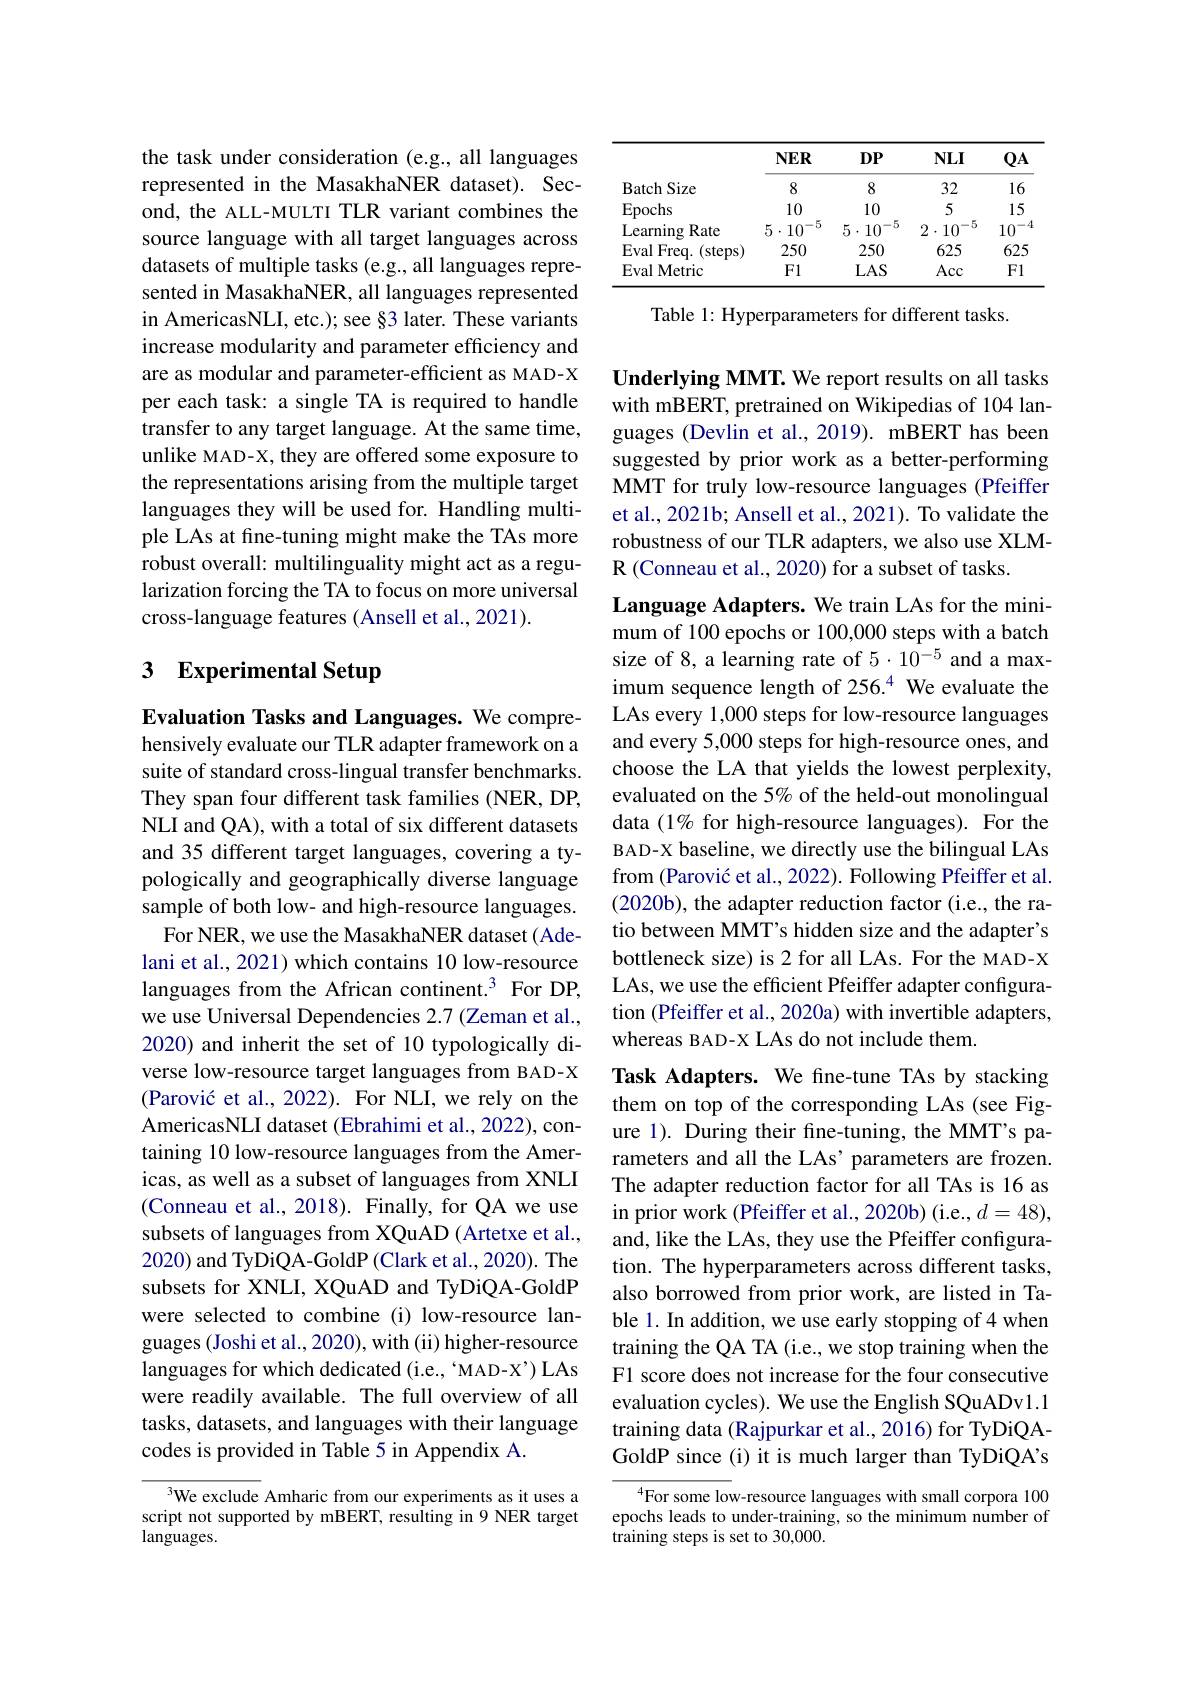
the task under consideration (e.g., all languages represented in the MasakhaNER dataset). Second, the ALL-MULTI TLR variant combines the source language with all target languages across datasets of multiple tasks (e.g., all languages represented in MasakhaNER, all languages represented in AmericasNLI, etc.); see §3 later. These variants increase modularity and parameter efficiency and are as modular and parameter-efficient as MAD-X per each task: a single TA is required to handle transfer to any target language. At the same time, unlike MAD-X, they are offered some exposure to the representations arising from the multiple target languages they will be used for. Handling multiple LAs at fine-tuning might make the TAs more robust overall: multilinguality might act as a regularization forcing the TA to focus on more universal cross-language features (Ansell et al., 2021).

# 3 Experimental Setup

Evaluation Tasks and Languages. We comprehensively evaluate our TLR adapter framework on a suite of standard cross-lingual transfer benchmarks. They span four different task families (NER, DP, NLI and QA), with a total of six different datasets and 35 different target languages, covering a typologically and geographically diverse language sample of both low- and high-resource languages.
For NER, we use the MasakhaNER dataset (Adelani et al., 2021) which contains 10 low-resource languages from the African continent.$^{3}$ For DP, we use Universal Dependencies 2.7 (Zeman et al., 2020) and inherit the set of 10 typologically diverse low-resource target languages from BAD-X (Parović et al., 2022). For NLI, we rely on the AmericasNLI dataset (Ebrahimi et al., 2022), containing 10 low-resource languages from the Americas, as well as a subset of languages from XNLI (Conneau et al., 2018). Finally, for QA we use subsets of languages from XQuAD (Artetxe et al., 2020) and TyDiQA-GoldP(Clark et al., 2020). The subsets for XNLI, XQuAD and TyDiQA-GoldP were selected to combine (i) low-resource languages (Joshi et al., 2020), with (ii) higher-resource languages for which dedicated (i.e., 'MAD-X') LAs were readily available. The full overview of all tasks, datasets, and languages with their language codes is provided in Table 5 in Appendix A.
We exclude Amharic from our experiments as it uses a

script not supported by mBERT, resulting in 9 NER target
languages.

<table>
	<tbody>
		<tr>
			<th> </th>
			<th>$NER$</th>
			<th>$DP$</th>
			<th>$NLI$</th>
			<th>$QA$</th>
		</tr>
		<tr>
			<td>Batch Size</td>
			<td>8</td>
			<td>8</td>
			<td>32</td>
			<td>16</td>
		</tr>
		<tr>
			<td>Epochs</td>
			<td>10</td>
			<td>10</td>
			<td>5</td>
			<td>15</td>
		</tr>
		<tr>
			<td>Learning Rate</td>
			<td>$5\cdot10^{-5}$</td>
			<td>$5\cdot10^{-5}$</td>
			<td>$2\cdot10^{-5}$</td>
			<td>10 1</td>
		</tr>
		<tr>
			<td>Eval Freq. (steps</td>
			<td>250</td>
			<td>250</td>
			<td>625</td>
			<td>625</td>
		</tr>
		<tr>
			<td>Eval Metric</td>
			<td>Fl</td>
			<td>$LAS$</td>
			<td>Acc</td>
			<td>Fl</td>
		</tr>
	</tbody>
</table>

Table 1: Hyperparameters for different tasks.

Underlying MMT. We report results on all tasks with mBERT, pretrained on Wikipedias of 104 languages (Devlin et al., 2019). mBERT has been suggested by prior work as a better-performing MMT for truly low-resource languages (Pfeiffer et al., 2021b; Ansell et al., 2021). To validate the robustness of our TLR adapters, we also use XLM- ${\mathrm{R}}\left({\mathrm{Conneau~et~al.,~2020)~for~a~subset~of~tasks.}}\right)$

Language Adapters. We train LAs for the minimum of 100 epochs or 100,000 steps with a batch size of 8, a learning rate of 5·10$^{-5}$ and a maximum sequence length of 256.$^{4}$ We evaluate the LAs every 1,000 steps for low-resource languages and every 5,000 steps for high-resource ones, and choose the LA that yields the lowest perplexity, evaluated on the 5% of the held-out monolingual data (1% for high-resource languages). For the BAD-X baseline, we directly use the bilingual LAs from (Parović et al., 2022). Following Pfeiffer et al. (2020b), the adapter reduction factor (i.e., the ratio between MMT's hidden size and the adapter's bottleneck size) is 2 for all LAs. For the MAD-X LAs, we use the efficient Pfeiffer adapter configuration (Pfeiffer et al., 2020a) with invertible adapters, whereas BAD-X LAs do not include them.
Task Adapters. We fine-tune TAs by stacking them on top of the corresponding LAs (see Figure 1). During their fine-tuning, the MMT's parameters and all the LAs' parameters are frozen. The adapter reduction factor for all TAs is 16 as in prior work (Pfeiffer et al., 2020b) (i.e., $d=48)$, and, like the LAs, they use the Pfeiffer configuration. The hyperparameters across different tasks, also borrowed from prior work, are listed in Table 1. In addition, we use early stopping of 4 when training the QA TA (i.e., we stop training when the F1 score does not increase for the four consecutive evaluation cycles). We use the English SQuADv1.1 training data (Rajpurkar et al., 2016) for TyDiQAGoldP since (i) it is much larger than TyDiQA's $^{4}$For some low-resource languages with small corpora 100
epochs leads to under-training, so the minimum number of
training steps is set to 30,000.